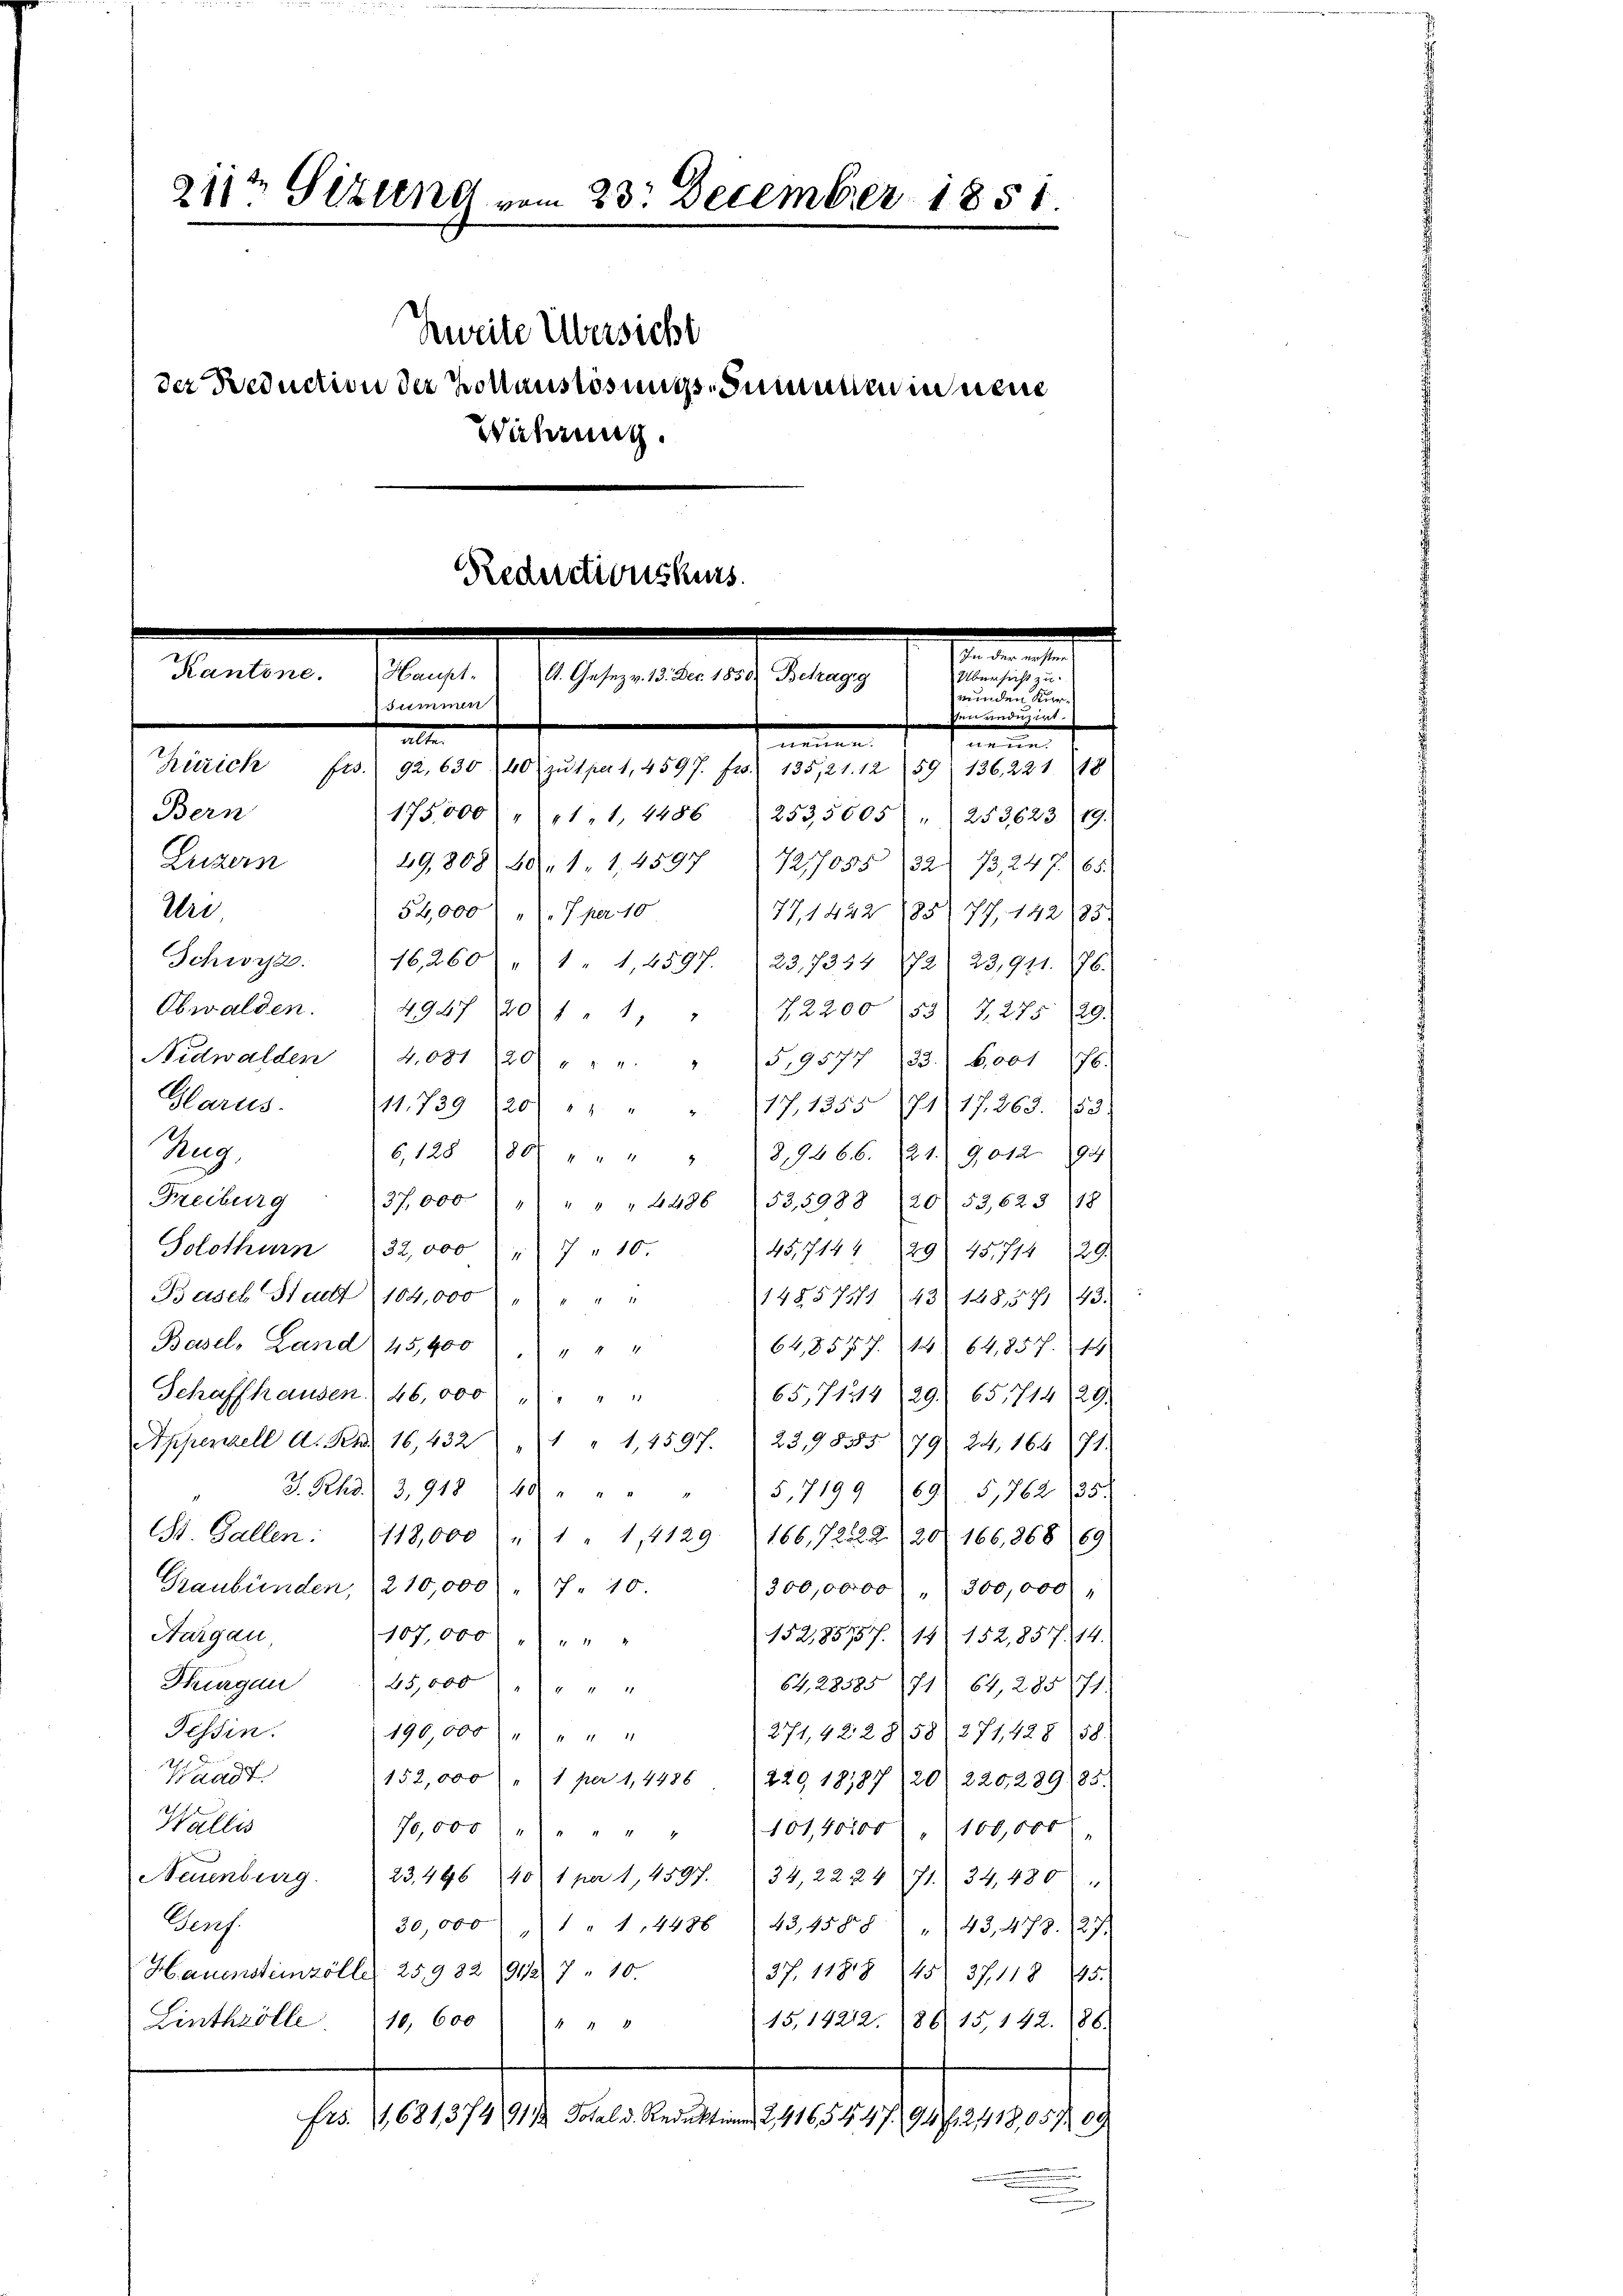
211t Sitzung vom 23. December 1851
Zweite Übersicht
der Reduction der Kollauslösungs-Sumenten in neue
Währung.
Reductionskurs

Manten den
summen

Bern

Luzern
Uri

ein einen eine

15,000 " 11, 1, 4486
49,808 80. 1. 1. 4597 (7217055 (1321 13,247. 65.
54,000 " " 7 per 10
Schwyz. (16,260 " 1 " 1,4597. 237334 72 23,911. 176.

und

den reduzirt.
nte
ne
namen
Zürich Fr. 92, 630 40 zŭ 1 per 1, 4597. Pro. 135,21.12 59 136, 221. 118
Obwalden. 494 20 " " 1, " 72200 (53) 7.275. 29.
Nidwalden 4.031 20 " " " " 5,9577 133. 6001 f.
Harus. 11739 20 " " " " 217, 1355. 71, 17. 263. 153.
Rug.
6, 128 180 " " " " 29666. 21. 9012. 194
Freiburg  37,000 " " " " 4486 (53,5988 (2053,623 (18
Solothurn 32,000 " 7 " 10.
45,7144 (129) 45,714 29.
Basel Stadt 104,000) " " " "
148574143) 148571 (143.
Basel, Land 15,400 " " "
64,8577. 14. 64,857. 14
Schaffhausen 46,000 " " " "
65,712429. 651714 29.
Appenzell A. Den 16,432 " " " 1,4597. 23,9855 79. 24. 164 (71.
V. Rehd. 3, 918 (40 " " " " 5,7199 (691 5,762 135.
St. Gallen: 118,000 " 1 " 1, 4129. 166, 72822. 20. 166, 868 (69
Graubünden, 210,000 " 10
300,00000 " 300,000
Aargau,
1521,85757. 14 152,857, 14.
107,000 f
Thurgau 25,000 " " " "
64, 28585 (71) 64, 28571.
Tessin.
271,422858/271, 428. 58.
196,000 " " " "
Waadt.
152,000 " 1 per 1,4486 (229 18187 (20. 220, 289) 85.
Wallis
70,000 " " " " " 101,40000 " 100,000
Naunburg. 23,446 10 1 per 1,4597. 34, 22 24 (71. 34,480 "
Gers
30,000 " " 1448643,4508 " 43. 478. 27.
Hauensteinzölle 25,932 (191127 " 10.
37. 11818 45) 37. 118 445.
15,14212. 8615, 142. 188.
Linthzölle 10, 600 " " "
Frs. 11,681,37491/2 Dotal d. Reduktione 2,416544794/2418,05709

253,5005 " 253623. 19.
77,1422 185, 77, 142/85.